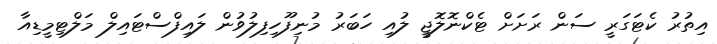
އިތުރު ކެޓަގަރީ ސަން ރަށަށް ޓެކްނޮލޮޖީ ލުއި ހަބަރު މުނިފޫހިފިލުވުން ލައިފްސްޓައިލް މަލްޓިމީޑިއާ